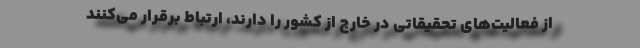
از فعالیت‌های تحقیقاتی در خارج از کشور را دارند، ارتباط برقرار می‌کنند